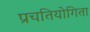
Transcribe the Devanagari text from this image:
प्रचतियोगिता